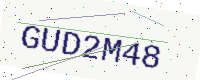
Text: GUD2M48